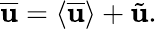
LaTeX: \overline{{\mathbf{u}}}=\langle{\overline{{\mathbf{u}}}}\rangle+\tilde{\mathbf{u}}.